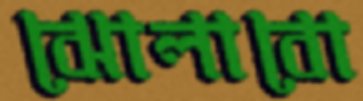
ঝোলাবো